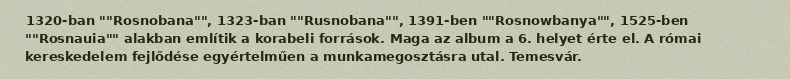
1320-ban ""Rosnobana"", 1323-ban ""Rusnobana"", 1391-ben ""Rosnowbanya"", 1525-ben ""Rosnauia"" alakban említik a korabeli források. Maga az album a 6. helyet érte el. A római kereskedelem fejlődése egyértelműen a munkamegosztásra utal. Temesvár.